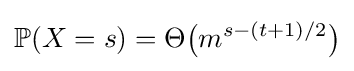
\mathbb {P} (X=s)=\Theta {\big (}m^{s-(t+1)/2}{\big )}